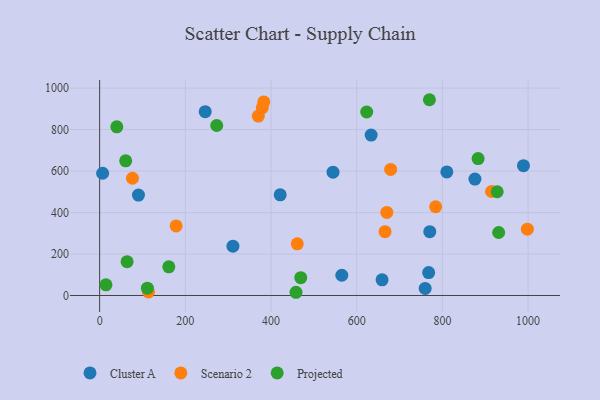
{"axis": {"x": "Experience", "y": "Fuel Efficiency"}, "legend": ["Cluster A", "Projected", "Scenario 2"], "data": [{"x": "659.2", "y": 75.6, "type": "Cluster A"}, {"x": "565.2", "y": 97.7, "type": "Cluster A"}, {"x": "90.6", "y": 484.4, "type": "Cluster A"}, {"x": "770.5", "y": 307.7, "type": "Cluster A"}, {"x": "810.3", "y": 595.6, "type": "Cluster A"}, {"x": "759.8", "y": 34.0, "type": "Cluster A"}, {"x": "421.4", "y": 485.3, "type": "Cluster A"}, {"x": "633.7", "y": 773.3, "type": "Cluster A"}, {"x": "7.0", "y": 589.4, "type": "Cluster A"}, {"x": "767.9", "y": 110.4, "type": "Cluster A"}, {"x": "544.7", "y": 594.8, "type": "Cluster A"}, {"x": "246.4", "y": 886.5, "type": "Cluster A"}, {"x": "989.2", "y": 625.9, "type": "Cluster A"}, {"x": "311.1", "y": 238.0, "type": "Cluster A"}, {"x": "875.9", "y": 561.1, "type": "Cluster A"}, {"x": "784.2", "y": 427.8, "type": "Scenario 2"}, {"x": "666.1", "y": 307.7, "type": "Scenario 2"}, {"x": "670.3", "y": 400.7, "type": "Scenario 2"}, {"x": "178.5", "y": 335.3, "type": "Scenario 2"}, {"x": "76.6", "y": 565.2, "type": "Scenario 2"}, {"x": "114.1", "y": 17.1, "type": "Scenario 2"}, {"x": "379.8", "y": 906.0, "type": "Scenario 2"}, {"x": "914.7", "y": 501.5, "type": "Scenario 2"}, {"x": "461.3", "y": 249.2, "type": "Scenario 2"}, {"x": "383.1", "y": 933.4, "type": "Scenario 2"}, {"x": "370.4", "y": 865.2, "type": "Scenario 2"}, {"x": "679.2", "y": 607.8, "type": "Scenario 2"}, {"x": "998.3", "y": 319.6, "type": "Scenario 2"}, {"x": "161.5", "y": 138.0, "type": "Projected"}, {"x": "931.3", "y": 303.8, "type": "Projected"}, {"x": "469.4", "y": 86.1, "type": "Projected"}, {"x": "60.8", "y": 649.5, "type": "Projected"}, {"x": "769.7", "y": 943.9, "type": "Projected"}, {"x": "458.3", "y": 15.5, "type": "Projected"}, {"x": "927.9", "y": 500.3, "type": "Projected"}, {"x": "64.1", "y": 163.0, "type": "Projected"}, {"x": "273.3", "y": 819.6, "type": "Projected"}, {"x": "883.3", "y": 660.0, "type": "Projected"}, {"x": "40.1", "y": 813.1, "type": "Projected"}, {"x": "111.5", "y": 35.1, "type": "Projected"}, {"x": "623.3", "y": 884.8, "type": "Projected"}, {"x": "14.8", "y": 51.4, "type": "Projected"}]}